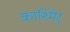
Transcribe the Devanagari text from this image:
काश्मिर्